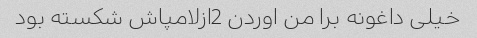
خیلی داغونه برا من اوردن 2ازلامپاش شکسته بود